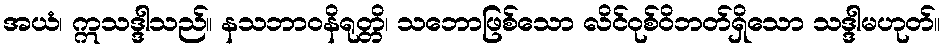
အယံ၊ ဣသဒ္ဒါသည်။ နသဘာဝနိရုတ္တိ၊ သဘောဖြစ်သော လိင်ဝုစ်ဝိဘတ်ရှိသော သဒ္ဒါမဟုတ်။